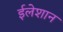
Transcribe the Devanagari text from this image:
ईलेशान